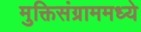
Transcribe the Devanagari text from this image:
मुक्तिसंग्राममध्ये